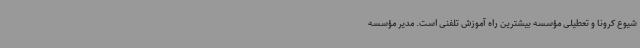
شیوع کرونا و تعطیلی مؤسسه بیشترین راه آموزش تلفنی است. مدیر مؤسسه